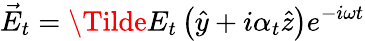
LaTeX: \vec{E}_{t}=\Tilde{E}_{t}\left(\hat{y}+i\alpha_{t}\hat{z}\right)e^{-i\omega t}